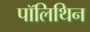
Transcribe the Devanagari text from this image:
पॉलिथिन